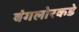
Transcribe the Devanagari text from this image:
बंगलोरकडे